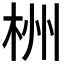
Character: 栦